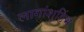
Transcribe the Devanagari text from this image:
लागांशुडिंभ